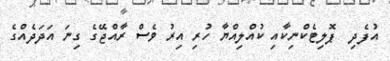
އުފެދި  ޕޮލިޓެކްނިކާއި ކުއްލިއްޔާ ހުރި އިރު ވެސް ރާއްޖޭގެ ގިނަ އަދަދެއްގެ